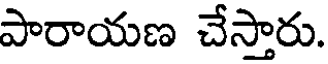
పారాయణ చేస్తారు.